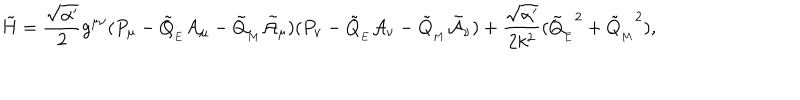
\tilde { H } = \frac { \sqrt { \alpha ^ { \prime } } } { 2 } g ^ { \mu \nu } ( P _ { \mu } - \tilde { Q } _ { _ { E } } { \cal A } _ { \mu } - \tilde { Q } _ { _ { M } } \tilde { \cal A } _ { \mu } ) ( P _ { \nu } - \tilde { Q } _ { _ { E } } { \cal A } _ { \nu } - \tilde { Q } _ { _ { M } } \tilde { \cal A } _ { \nu } ) + \frac { \sqrt { \alpha ^ { \prime } } } { 2 k ^ { 2 } } ( { \tilde { Q } _ { _ { E } } } ^ { 2 } + { \tilde { Q } _ { _ { M } } } ^ { 2 } ) ,